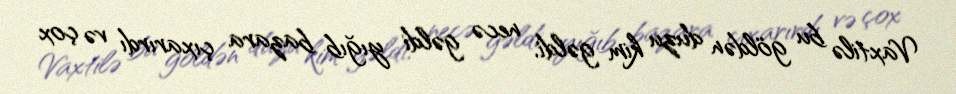
Vaxtilə bu göldən duzu kim gəldi, necə gəldi yığıb bazara çıxarırdı və çox